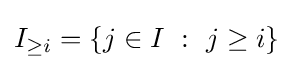
I_{\geq i}=\{j\in I~:~j\geq i\}